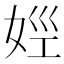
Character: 𡜣